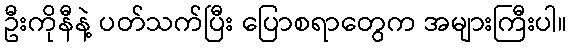
ဦးကိုနီနဲ့ ပတ်သက်ပြီး ပြောစရာတွေက အများကြီးပါ။